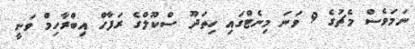
ނަމަވެސް މެޗުގެ 9 ވަނަ މިނެޓްގައި ހިތަދޫ ސްކޫލްގެ ރަފާހް އިބްރާހިމް ވަނީ